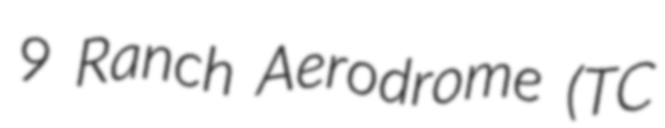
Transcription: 9 Ranch Aerodrome (TC